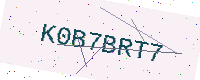
Text: K0B7BRT7